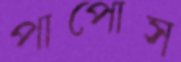
পাপোস